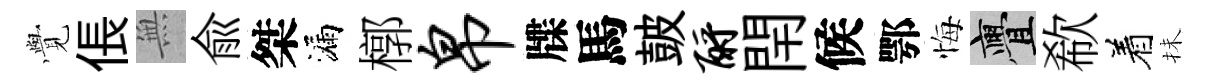
𮗜倀𭴾俞桀漏槨帛牒馬皷酹閈候鄂悔亹欷着抺